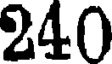
240